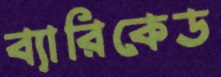
ব্যারিকেড